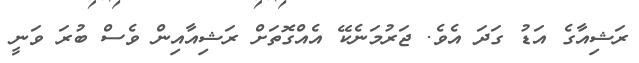
ރަޝިއާގެ އަޑު ގަަދަ އެވެ. ޖަރުމަނެކޭ އެއްގޮތަށް ރަޝިއާއިން ވެސް ބުރަ ވަނީ